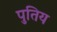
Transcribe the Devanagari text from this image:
पुतिय